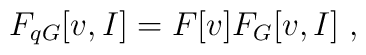
F_{q G}[v,I]=F[v]F_{G}[v,I]\;,